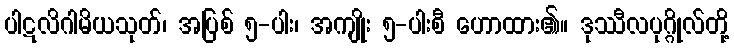
ပါဋလိဂါမိယသုတ်၊ အပြစ် ၅-ပါး၊ အကျိုး ၅-ပါးစီ ဟောထား၏။ ဒုဿီလပုဂ္ဂိုလ်တို့